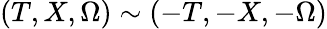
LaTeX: (T,X,\Omega)\sim(-T,-X,-\Omega)